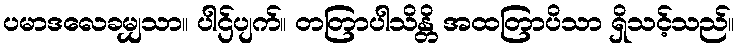
ပမာဒလေခမျှသာ။ ပါဌ်ပျက်။ တတြာပါသိန္တိ အထတြာပိသာ ရှိသင့်သည်။